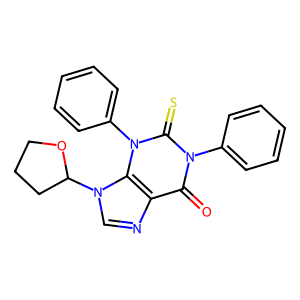
SMILES: O=c1c2ncn(C3CCCO3)c2n(-c2ccccc2)c(=S)n1-c1ccccc1
Inhibits HIV replication: No